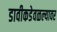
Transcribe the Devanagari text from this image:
डावीकडेवळल्यावर